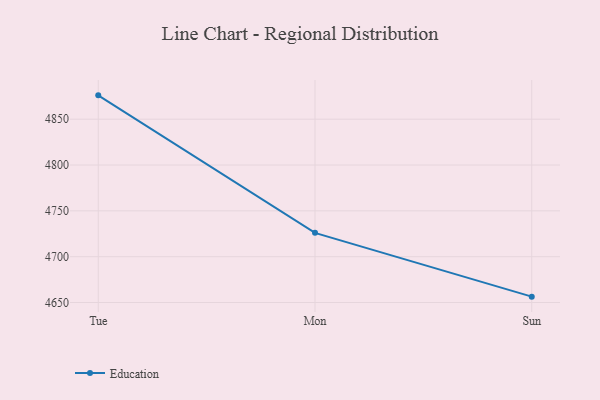
{"axis": {"x": "Day", "y": "Conversion Rate (%)"}, "legend": ["Education"], "data": [{"x": "Tue", "y": 4876.0, "type": "Education"}, {"x": "Mon", "y": 4726.0, "type": "Education"}, {"x": "Sun", "y": 4656.4, "type": "Education"}]}